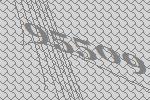
95509